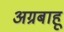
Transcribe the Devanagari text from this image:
अग्रबाहू